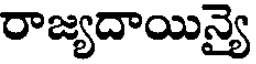
రాజ్యదాయిన్యై